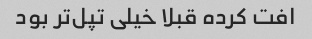
افت کرده قبلا خیلی تپل‌تر بود